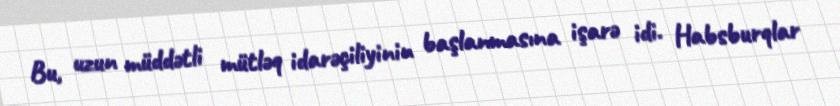
Bu, uzun müddətli mütləq idarəçiliyinin başlanmasına işarə idi. Habsburqlar